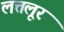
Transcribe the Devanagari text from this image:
लत्तलूर